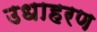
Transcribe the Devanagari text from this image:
उधाहरण